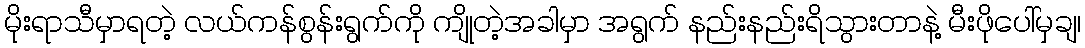
မိုးရာသီမှာရတဲ့ လယ်ကန်စွန်းရွက်ကို ကျိုတဲ့အခါမှာ အရွက် နည်းနည်းရိသွားတာနဲ့ မီးဖိုပေါ်မှချ၊